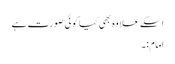
اسکے علاوہ بھی کیا کوئی صورت ہے
امام:۔